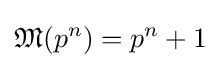
{\mathfrak {M}}(p^{n})=p^{n}+1